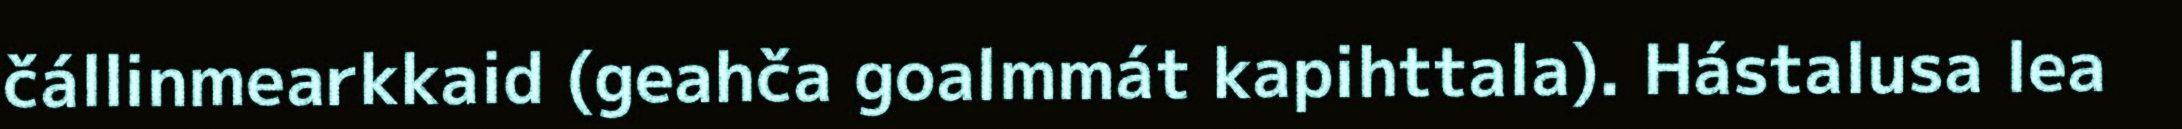
čállinmearkkaid (geahča goalmmát kapihttala). Hástalusa lea